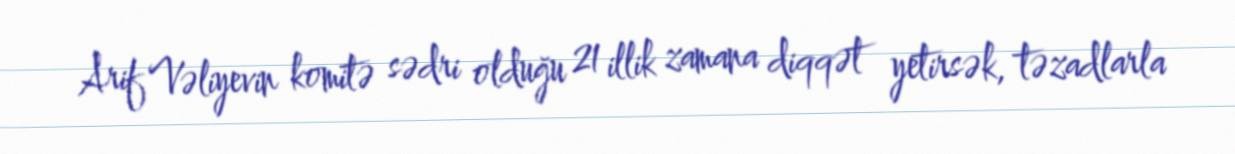
Arif Vəliyevin komitə sədri olduğu 21 illik zamana diqqət yetirsək, təzadlarla